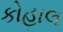
કોહાલ